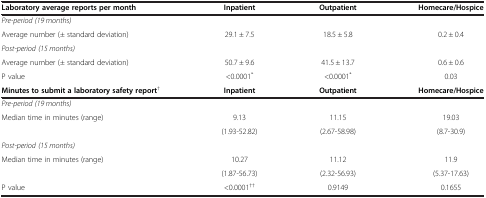
<table><thead><tr><td><b>Laboratory average reports per month</b></td><td><b>Inpatient</b></td><td><b>Outpatient</b></td><td><b>Homecare/Hospice</b></td></tr></thead><tbody><tr><td><i>Pre-period (19 months)</i></td><td> </td><td> </td><td> </td></tr><tr><td>Average number (± standard deviation)</td><td>29.1 ± 7.5</td><td>18.5 ± 5.8</td><td>0.2 ± 0.4</td></tr><tr><td><i>Post-period (15 months)</i></td><td> </td><td> </td><td> </td></tr><tr><td>Average number (± standard deviation)</td><td>50.7 ± 9.6</td><td>41.5 ± 13.7</td><td>0.6 ± 0.6</td></tr><tr><td>P value</td><td>&lt;0.0001<sup>*</sup></td><td>&lt;0.0001<sup>*</sup></td><td>0.03</td></tr><tr><td><b>Minutes to submit a laboratory safety report</b><sup>†</sup></td><td><b>Inpatient</b></td><td><b>Outpatient</b></td><td><b>Homecare/Hospice</b></td></tr><tr><td><i>Pre-period (19 months)</i></td><td> </td><td> </td><td> </td></tr><tr><td rowspan="2">Median time in minutes (range)</td><td>9.13</td><td>11.15</td><td>19.03</td></tr><tr><td>(1.93-52.82)</td><td>(2.67-58.98)</td><td>(8.7-30.9)</td></tr><tr><td><i>Post-period (15 months)</i></td><td> </td><td> </td><td> </td></tr><tr><td rowspan="2">Median time in minutes (range)</td><td>10.27</td><td>11.12</td><td>11.9</td></tr><tr><td>(1.87-56.73)</td><td>(2.32-56.93)</td><td>(5.37-17.63)</td></tr><tr><td>P value</td><td>&lt;0.0001<sup>††</sup></td><td>0.9149</td><td>0.1655</td></tr></tbody></table>